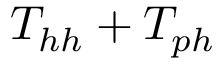
T _ { h h } + T _ { p h }